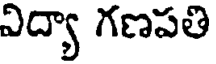
విద్యా గణపతి